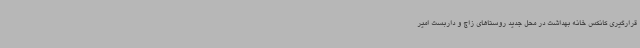
قرارگیری کانکس خانه بهداشت در محل جدید روستاهای زاچ و داربست امیر